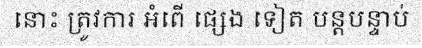
នោះ ត្រូវការ អំពើ ផ្សេង ទៀត បន្តបន្ទាប់